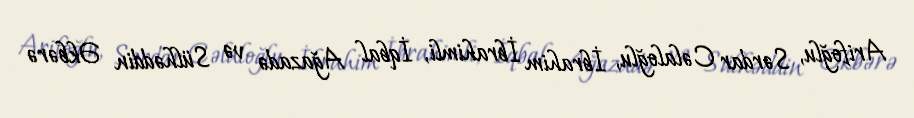
Arifoğlu, Sərdar Cəlaloğlu, İbrahim İbrahimli, İqbal Ağazadə və Sülhəddin Əkbərə